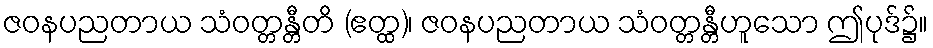
ဇဝနပညတာယ သံဝတ္တန္တီတိ (ဧတ္ထ)၊ ဇဝနပညတာယ သံဝတ္တန္တီဟူသော ဤပုဒ်၌။